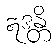
ဣဒန္တိ